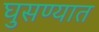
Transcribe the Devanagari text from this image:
घुसण्यात